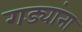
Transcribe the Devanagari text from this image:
गड्यांना